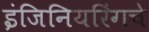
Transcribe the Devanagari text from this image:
इंजिनियरिंगचे